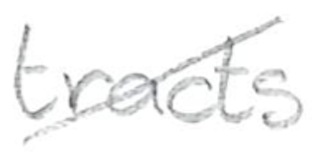
Text: tracts
Cross-out: diagonal
Writing tool: pencil